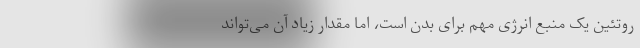
روتئین یک منبع انرژی مهم برای بدن است، اما مقدار زیاد آن می‌تواند